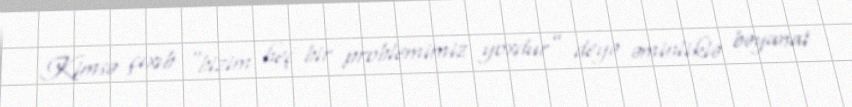
Kimsə çıxıb “bizim heç bir problemimiz yoxdur” deyə əminliklə bəyanat